Annual report of lunatic asylums [Bombay] - 1912-1922
Year: 1912
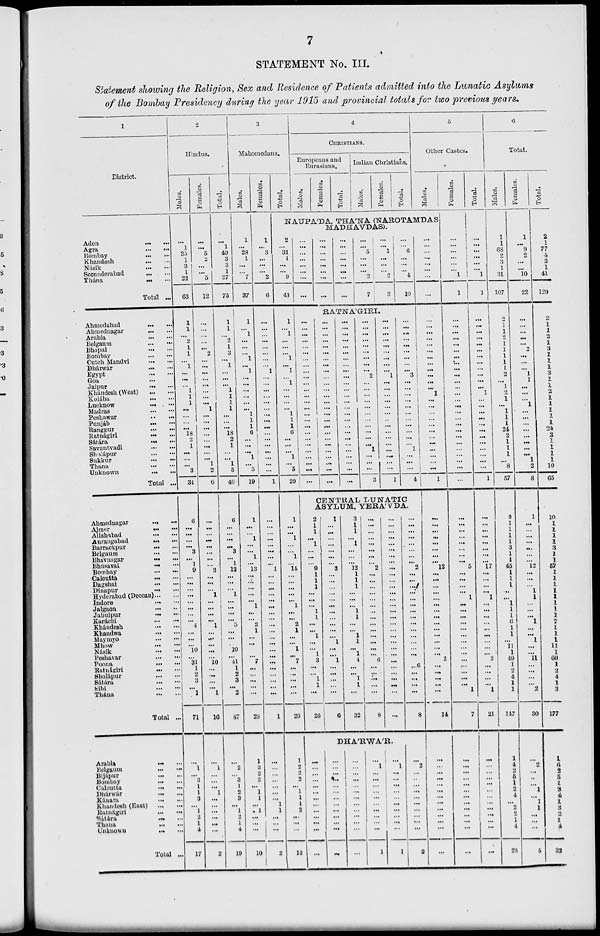
7
STATEMENT No. III.
Statement showing the Religion, Sex and Residence of Patients admitted into the Lunatic Asylums
of the Bombay Presidency during the year 1915 and provincial totals for two previous years.
1
District.
Aden
...
...
Agra
...
...
Bombay
...
...
Khandesh
...
...
Násik
...
...
Secunderabad ... ...
Thána
...
...
Total ...
Ahmedabad ... ...
Ahmednagar
...
...
Arabia
...
...
Belgaum ... ...
Bhopal
...
...
Bombay
...
...
Cutch Mandvi
...
...
Dhárwár
...
...
Egypt
...
...
Goa ... ...
Jaipur
...
...
Khándesh (West) ... ...
Kolába
...
...
Lucknow
...
...
Madras
...
...
Peshawar
...
...
Punjáb ... ...
Rangpur
...
...
Ratnágiri ... ...
Sátára
...
...
Sovantvadi
...
...
Sholápur ... ...
Sukkur
...
...
Thana
...
...
Unknown
...
...
Total ...
Ahmednagar
...
...
Ajmer
...
...
Allahabad
...
...
Aurangabad ... ...
Barrackpur ... ...
Belgaum ... ...
Bhavnagar ... ...
Bhusaval
...
...
Bombay
...
...
Calcutta ... ...
Dagshai
...
...
Dinapur
...
...
Hyderabad (Dcccan) ... ...
Indore
...
...
Jalgaon
...
...
Jabulpur
...
...
Karáchi
...
...
Khándesh
...
...
Khandwa
...
...
Maymyo
...
...
Mhow
...
...
Nasik
...
...
Peshavar
...
...
Poona ... ...
Ratnágiri
...
...
Sholápur
...
...
Sátára
...
...
Sibi
...
...
Thána
...
...
Total ...
Arabia ... ...
Belgaum ... ...
Bijápur
...
...
Bombay
...
...
Calcutta
...
...
Dhárwár
...
...
Kánara
...
...
Khandesh (East)
...
...
Ratnágiri
...
...
Satára
...
...
Thana
...
...
Unknown ... ...
Total ...
2
Hindus.
Males.
...
1
35
1
3
1
22
63
1
1
...
2
1
1
...
1
...
...
...
1
1
1
. ..
...
...
...
18
2
1
...
...
...
3
34
6
...
...
...
...
3
...
1
9
...
...
...
...
...
...
...
...
4
...
...
...
10
...
31
1
2
3
...
1
71
...
1
...
3
1
1
3
...
1
2
1
4
17
Females.
...
...
5
2
...
...
5
12
...
...
...
...
...
2
...
...
...
...
...
...
...
...
1
...
...
...
...
...
...
...
...
1
2
6
...
...
...
...
...
...
...
...
3
...
...
...
1
...
...
...
...
1
...
...
...
...
...
10
...
...
...
...
1
16
...
1
...
...
...
1
...
...
...
...
...
...
2
Total.
...
1
40
3
3
1
27
75
1
1
...
2
1
3
...
1
...
...
...
1
1
1
1
...
...
...
18
2
1
...
...
1
5
40
6
...
...
...
...
3
...
1
12
...
...
...
1
...
...
...
...
5
...
...
...
10
...
41
1
2
3
...
2
87
...
2
...
3
1
2
3
...
1
2
1
4
19
3
Mahomedans.
Males.
1
...
28
1
...
...
7
37
1
...
1
...
...
...
1
...
1
...
...
...
...
...
...
1
1
1
6
...
...
...
1
...
5
19
1
...
...
1
...
...
1
...
13
...
...
...
...
...
1
...
...
2
1
...
...
...
...
7
...
...
...
...
...
28
1
2
2
2
...
1
1
...
1
...
. ..
...
10
Females.
1
...
3
...
...
...
2
6
...
...
...
...
...
...
...
...
1
...
...
...
...
...
...
...
...
...
...
...
...
...
...
...
...
1
...
...
...
...
...
...
...
...
1
...
...
...
...
...
...
...
...
...
...
...
...
...
...
...
...
...
...
...
...
1
...
...
...
...
...
...
...
1
1
...
...
...
2
Total.
4
CHRISTIANS.
Europeans and
Eurasians.
Males.
Females.
Total.
Indian Christians.
Males.
Females.
Total.
5
Other Castes.
Males.
NAUPÁDA, THÁNA (NAROTAMDAS
MADHAVDAS).
2
...
31
1
...
...
9
43
1
...
1
...
...
...
1
...
1
...
1
...
...
...
...
1
1
1
6
...
...
...
1
...
5
20
1
...
...
1
...
...
1
...
14
...
...
...
...
...
1
...
...
2
1
...
...
1
...
7
...
...
...
...
...
29
1
2
2
2
...
1
1
1
2
...
...
...
12
...
...
...
...
...
...
...
...
...
...
...
...
...
...
...
...
...
...
...
...
...
...
...
...
...
...
5
...
...
...
2
7
...
...
1
...
...
...
2
3
...
...
6
...
...
...
4
10
RATNÁGIRI.
...
...
...
...
...
...
...
...
...
...
...
...
...
...
...
...
...
...
...
...
...
...
...
...
...
...
...
...
...
...
...
...
...
...
...
...
...
...
...
...
...
...
...
...
...
...
...
...
...
...
...
...
...
...
...
...
...
...
...
...
...
...
...
...
...
...
...
...
...
...
...
...
...
...
...
...
...
...
...
...
...
...
...
...
...
...
...
2
...
...
...
...
...
...
...
...
...
...
...
1
...
...
...
3
...
...
...
...
...
...
...
...
...
1
...
...
...
...
...
...
..
...
...
...
...
...
....
...
...
1
...
...
...
1
...
...
...
...
...
3
...
...
...
...
...
...
...
...
...
...
...
1
...
...
...
4
CENTRAL LUNATIC
ASYLUM, YERÁVDA.
2
1
1
. ..
1
...
...
...
9
1
1
1
...
...
...
1
1
...
...
1
...
...
1
3
...
...
1
1
...
26
1
...
...
...
...
...
...
...
3
...
...
...
...
...
...
...
...
...
...
...
1
...
...
1
...
...
...
...
...
6
3
1
1
...
1
...
...
...
12
1
1
1
...
...
...
1
1
...
...
1
1
...
1
4
...
...
1
1
...
32
...
...
...
...
...
...
...
...
2
...
...
...
...
...
...
...
...
...
...
...
...
...
...
6
...
...
...
...
...
8
...
...
...
...
...
...
...
...
...
...
...
...
...
...
...
...
...
...
...
...
...
...
...
...
...
...
...
...
...
. ..
...
...
...
...
...
...
...
...
2
...
...
...
...
...
...
...
...
...
...
...
...
...
...
6
...
...
...
...
...
8
DHÁRWÁR.
...
...
....
...
...
...
...
...
...
...
...
...
...
...
...
...
...
...
...
...
...
...
...
...
...
...
...
...
...
...
...
...
...
...
...
...
...
...
...
1
...
...
...
...
...
...
...
...
...
...
1
...
1
...
...
...
1
...
...
...
...
...
...
1
...
2
...
...
...
...
...
...
...
...
...
2
...
...
...
...
...
...
...
...
...
...
...
...
...
...
...
...
...
...
...
...
1
...
...
...
...
...
...
...
...
...
...
1
...
...
...
...
...
...
...
...
12
...
...
...
...
....
...
...
...
...
...
...
...
...
...
2
. ..
...
...
...
...
14
...
...
...
...
...
...
...
...
...
...
...
...
...
Females.
...
...
...
...
1
...
1
1
...
...
...
...
...
...
...
...
...
...
...
...
...
...
...
...
...
...
...
...
...
...
...
...
...
...
...
. ..
...
...
...
...
...
. ..
5
...
...
...
...
1
...
...
...
...
...
...
...
...
...
...
...
...
...
...
1
7
. ..
. ..
. ..
...
...
...
...
...
. ..
...
...
...
...
Total.
...
...
...
...
...
...
1
1
...
...
...
...
...
...
...
...
...
...
...
...
1
...
...
...
...
...
...
...
...
...
...
...
1
...
...
...
...
...
...
...
...
17
...
...
...
...
1
...
...
...
...
...
...
...
...
...
2
...
...
...
...
1
21
...
...
...
...
...
...
...
...
...
...
...
...
...
6
Total.
Males.
1
1
68
2
3
1
31
107
2
1
1
2
1
1
1
1
1
2
1
2
1
...
1
1
1
24
2
1
1
1
...
8
57
9
1
1
1
1
3
1
1
45
1
1
1
...
...
1
1
1
6
1
1
...
11
1
49
1
2
4
1
1
147
1
4
2
5
1
2
4
...
2
2
1
4
28
Females.
1
...
9
2
...
...
10
22
...
...
...
...
...
2
...
...
...
1
1
...
...
...
1
...
...
...
...
...
...
...
...
1
2
8
1
...
...
...
...
...
...
...
12
...
...
1
1
...
...
1
...
. ..
1
...
...
11
...
...
...
...
2
30
...
2
...
...
...
1
...
1
1
...
...
...
5
Total.
2
1
77
4
3
1
41
129
2
1
1
a 1
3
1
1
1
3
1
1
2
1
1
1
1
1
24
2
1
1
1
1
10
65
10
1
1
1
1
3
1
1
57
1
1
1
1
1
1
1
1
7
1
1
1
11
1
60
1
2
4
1
3
177
1
6
2
5
1
3
4
1
3
2
1
4
33